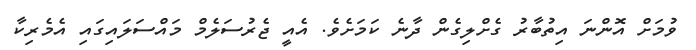
ވުމަށް އޮންނަ އިތުބާރު ގެށްލިގެން ދާނެ ކަމަށެވެ. އެއީ ޖެރުސަލެމް މައްސަލައިގައި އެމެރިކާ